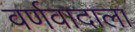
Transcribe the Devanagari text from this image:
वर्णवादाला